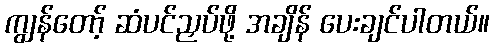
ကျွန်တော့် ဆံပင်ညှပ်ဖို့ အချိန် ပေးချင်ပါတယ်။